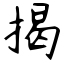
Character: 揭